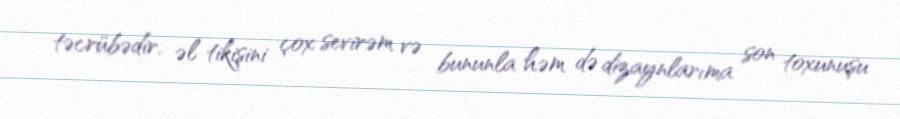
təcrübədir, əl tikişini çox sevirəm və bununla həm də dizaynlarıma son toxunuşu